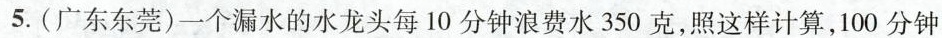
5.(广东东莞)一个漏水的水龙头每10分钟浪费水350克，照这样计算，100分钟